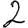
Digit: 2